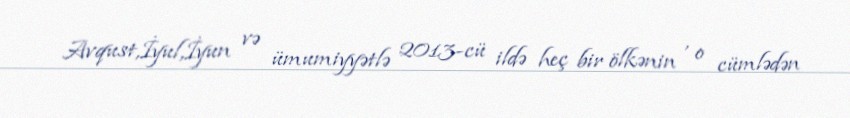
Avqust,İyul,İyun və ümumiyyətlə 2013-cü ildə heç bir ölkənin , o cümlədən